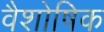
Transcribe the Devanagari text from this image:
वैशोषिक